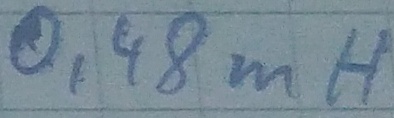
Text: 0,48mH